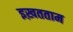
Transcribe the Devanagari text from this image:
इख़तताम